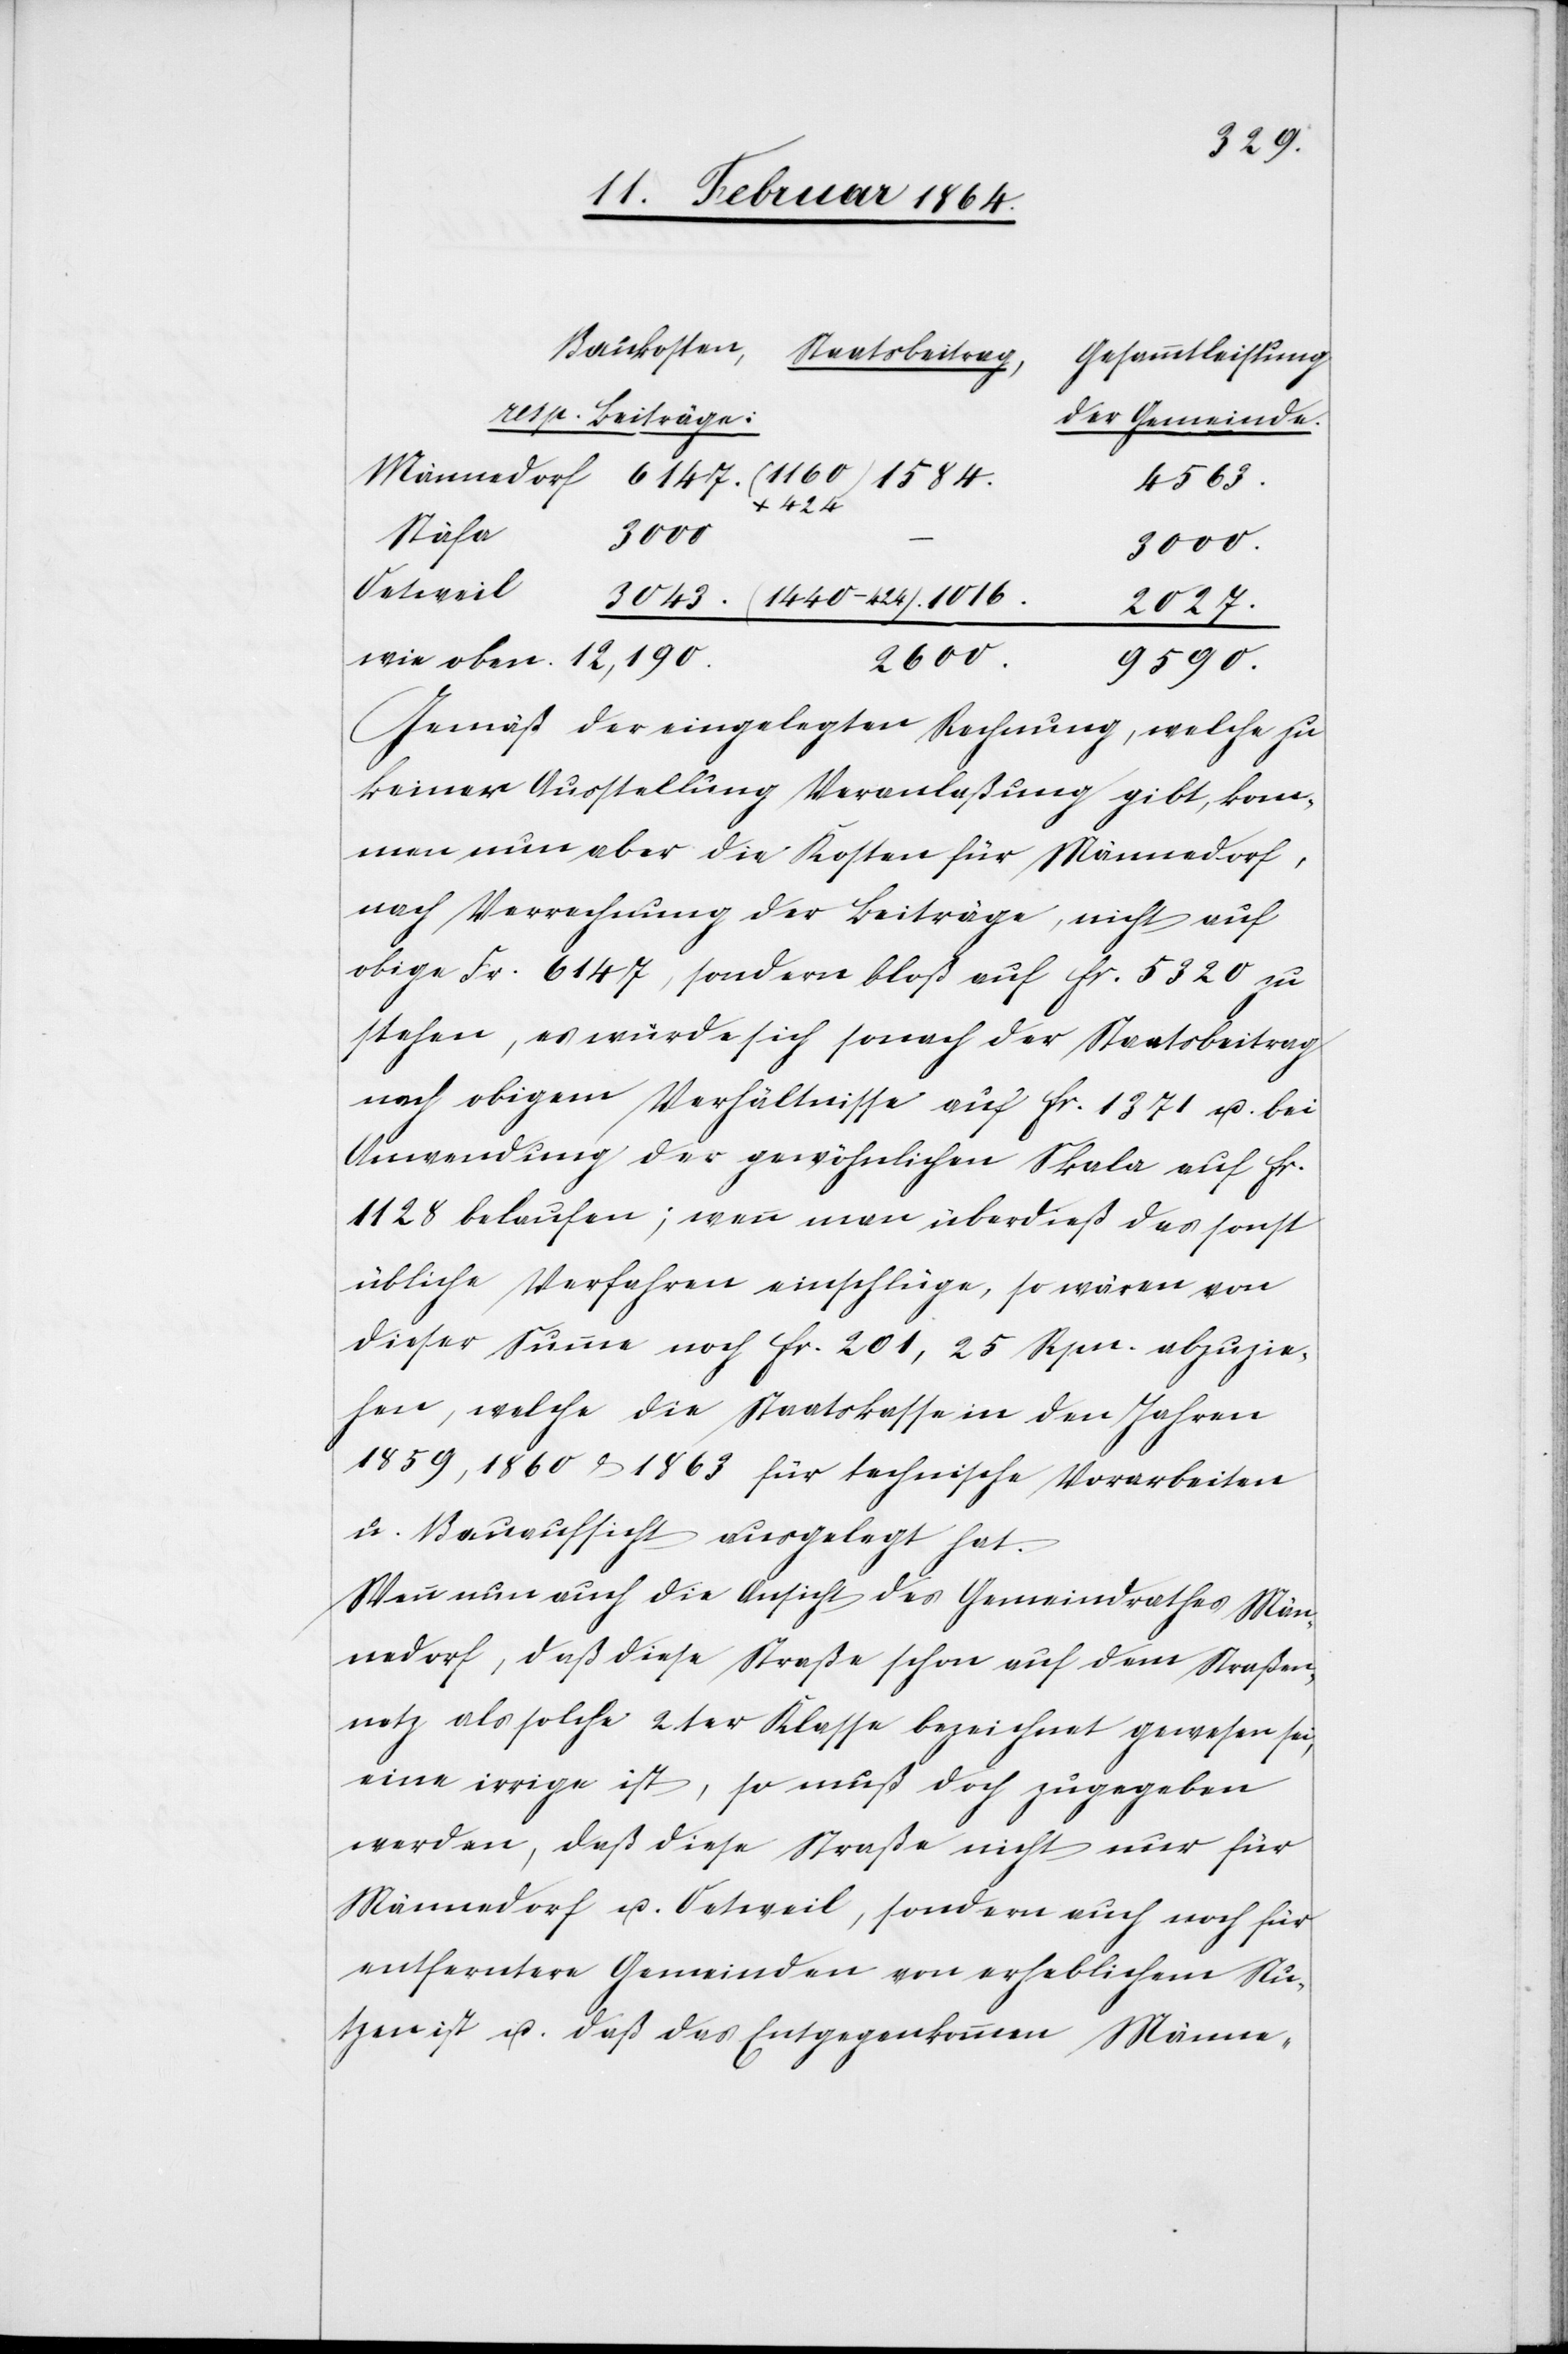
12,190.
Gesammtleistung
resp. Beiträge:
der Gemeinde.
4563.
oben.
Stäfa
3000
3000.
Oetweil
3027.
2600.
9590.
Gemäß der eingelegten Rechnung, welche zu
keiner Ausstellung Veranlaßung gibt, kom¬
men nun aber die Kosten für Männedorf,
nach Verrechnung der Beiträge, nicht auf
obige Fr. 6147, sondern bloß auf fr. 5320 zu
stehen, es würde sich sonach der Staatsbeitrag
nach obigem Verhältnisse auf fr. 1371 u. bei
Anwendung der gewöhnlichen Skala auf fr.
1128 belaufen; wenn man überdieß das sonst
übliche Verfahren einschlüge, so wären von
dieser Summe noch fr. 201,25 Rpn. abzuzie¬
hen, welche die Staatskasse in den Jahren
1859, 1860 & 1863 für technische Vorarbeiten
u. Bauaufsicht ausgelegt hat.
Wenn nun auch die Ansicht des Gemeindrathes Män¬
nedorf, daß diese Straße schon auf dem Straßen¬
netz als solche 2ter Klasse bezeichnet gewesen sei,
eine irrige ist, so muß doch zugegeben
werden, daß diese Straße nicht nur für
Männedorf u. Oetweil, sondern auch noch für
entferntere Gemeinden von erheblichem Nu¬
tzen ist u. daß das Entgegenkommen Männe-